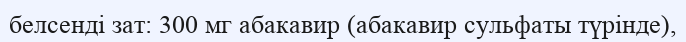
белсенді зат: 300 мг абакавир (абакавир сульфаты түрінде),